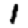
Digit: 1